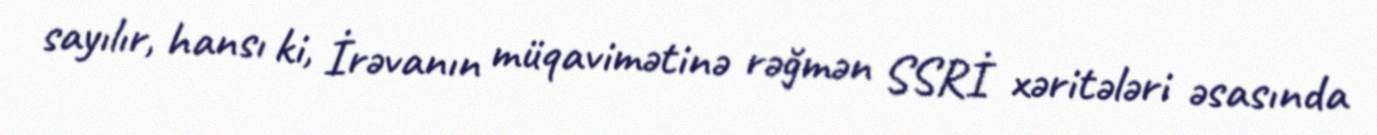
sayılır, hansı ki, İrəvanın müqavimətinə rəğmən SSRİ xəritələri əsasında